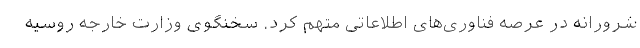
شرورانه در عرصه فناوری‌های اطلاعاتی متهم کرد. سخنگوی وزارت خارجه روسیه